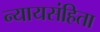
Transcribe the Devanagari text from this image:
न्यायसंहिता